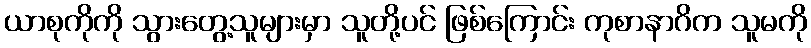
ယာစုကိုကို သွားတွေ့သူများမှာ သူတို့ပင် ဖြစ်ကြောင်း ကုစာနာဂိက သူမကို